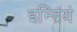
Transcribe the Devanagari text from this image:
इन्द्रियं